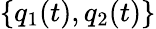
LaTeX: \{ q_{1}(t),q_{2}(t)\}